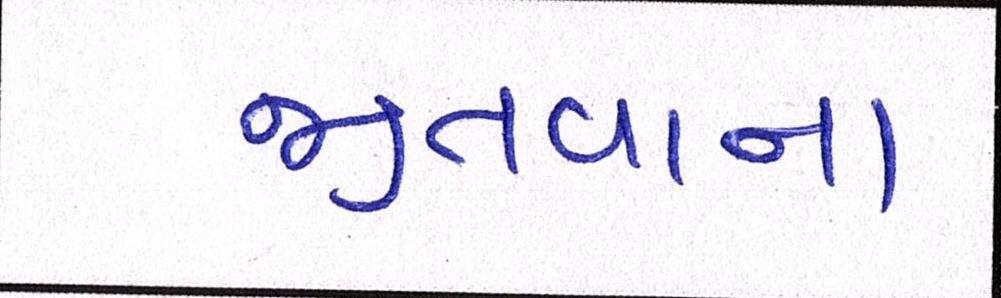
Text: જીતવાના